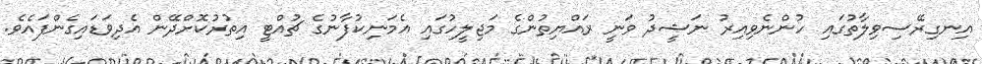
އިނގިރޭސިވިލާތުގައި ހުންނެވިއިރު ނަޝީދު ވަނީ ރައްޔިތުންގެ މަޖިލީހުގައި އެމަނިކުފާނުގެ ޗުއްޓީ އިތުރުކޮށްދޭން އެދިވަޑައިގެންފައެވެ.